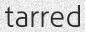
tarred